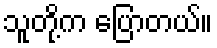
သူတို့က ပြောတယ်။